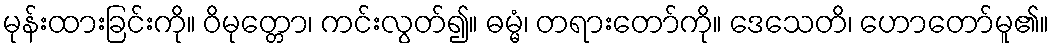
မုန်းထားခြင်းကို။ ဝိမုတ္တော၊ ကင်းလွတ်၍။ ဓမ္မံ၊ တရားတော်ကို။ ဒေသေတိ၊ ဟောတော်မူ၏။